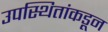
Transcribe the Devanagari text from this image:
उपस्थितांकडून